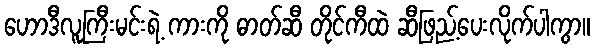
ဟောဒီလူကြီးမင်းရဲ့ ကားကို ဓာတ်ဆီ တိုင်ကီထဲ ဆီဖြည့်ပေးလိုက်ပါကွာ။